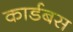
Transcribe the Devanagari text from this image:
कार्डबस